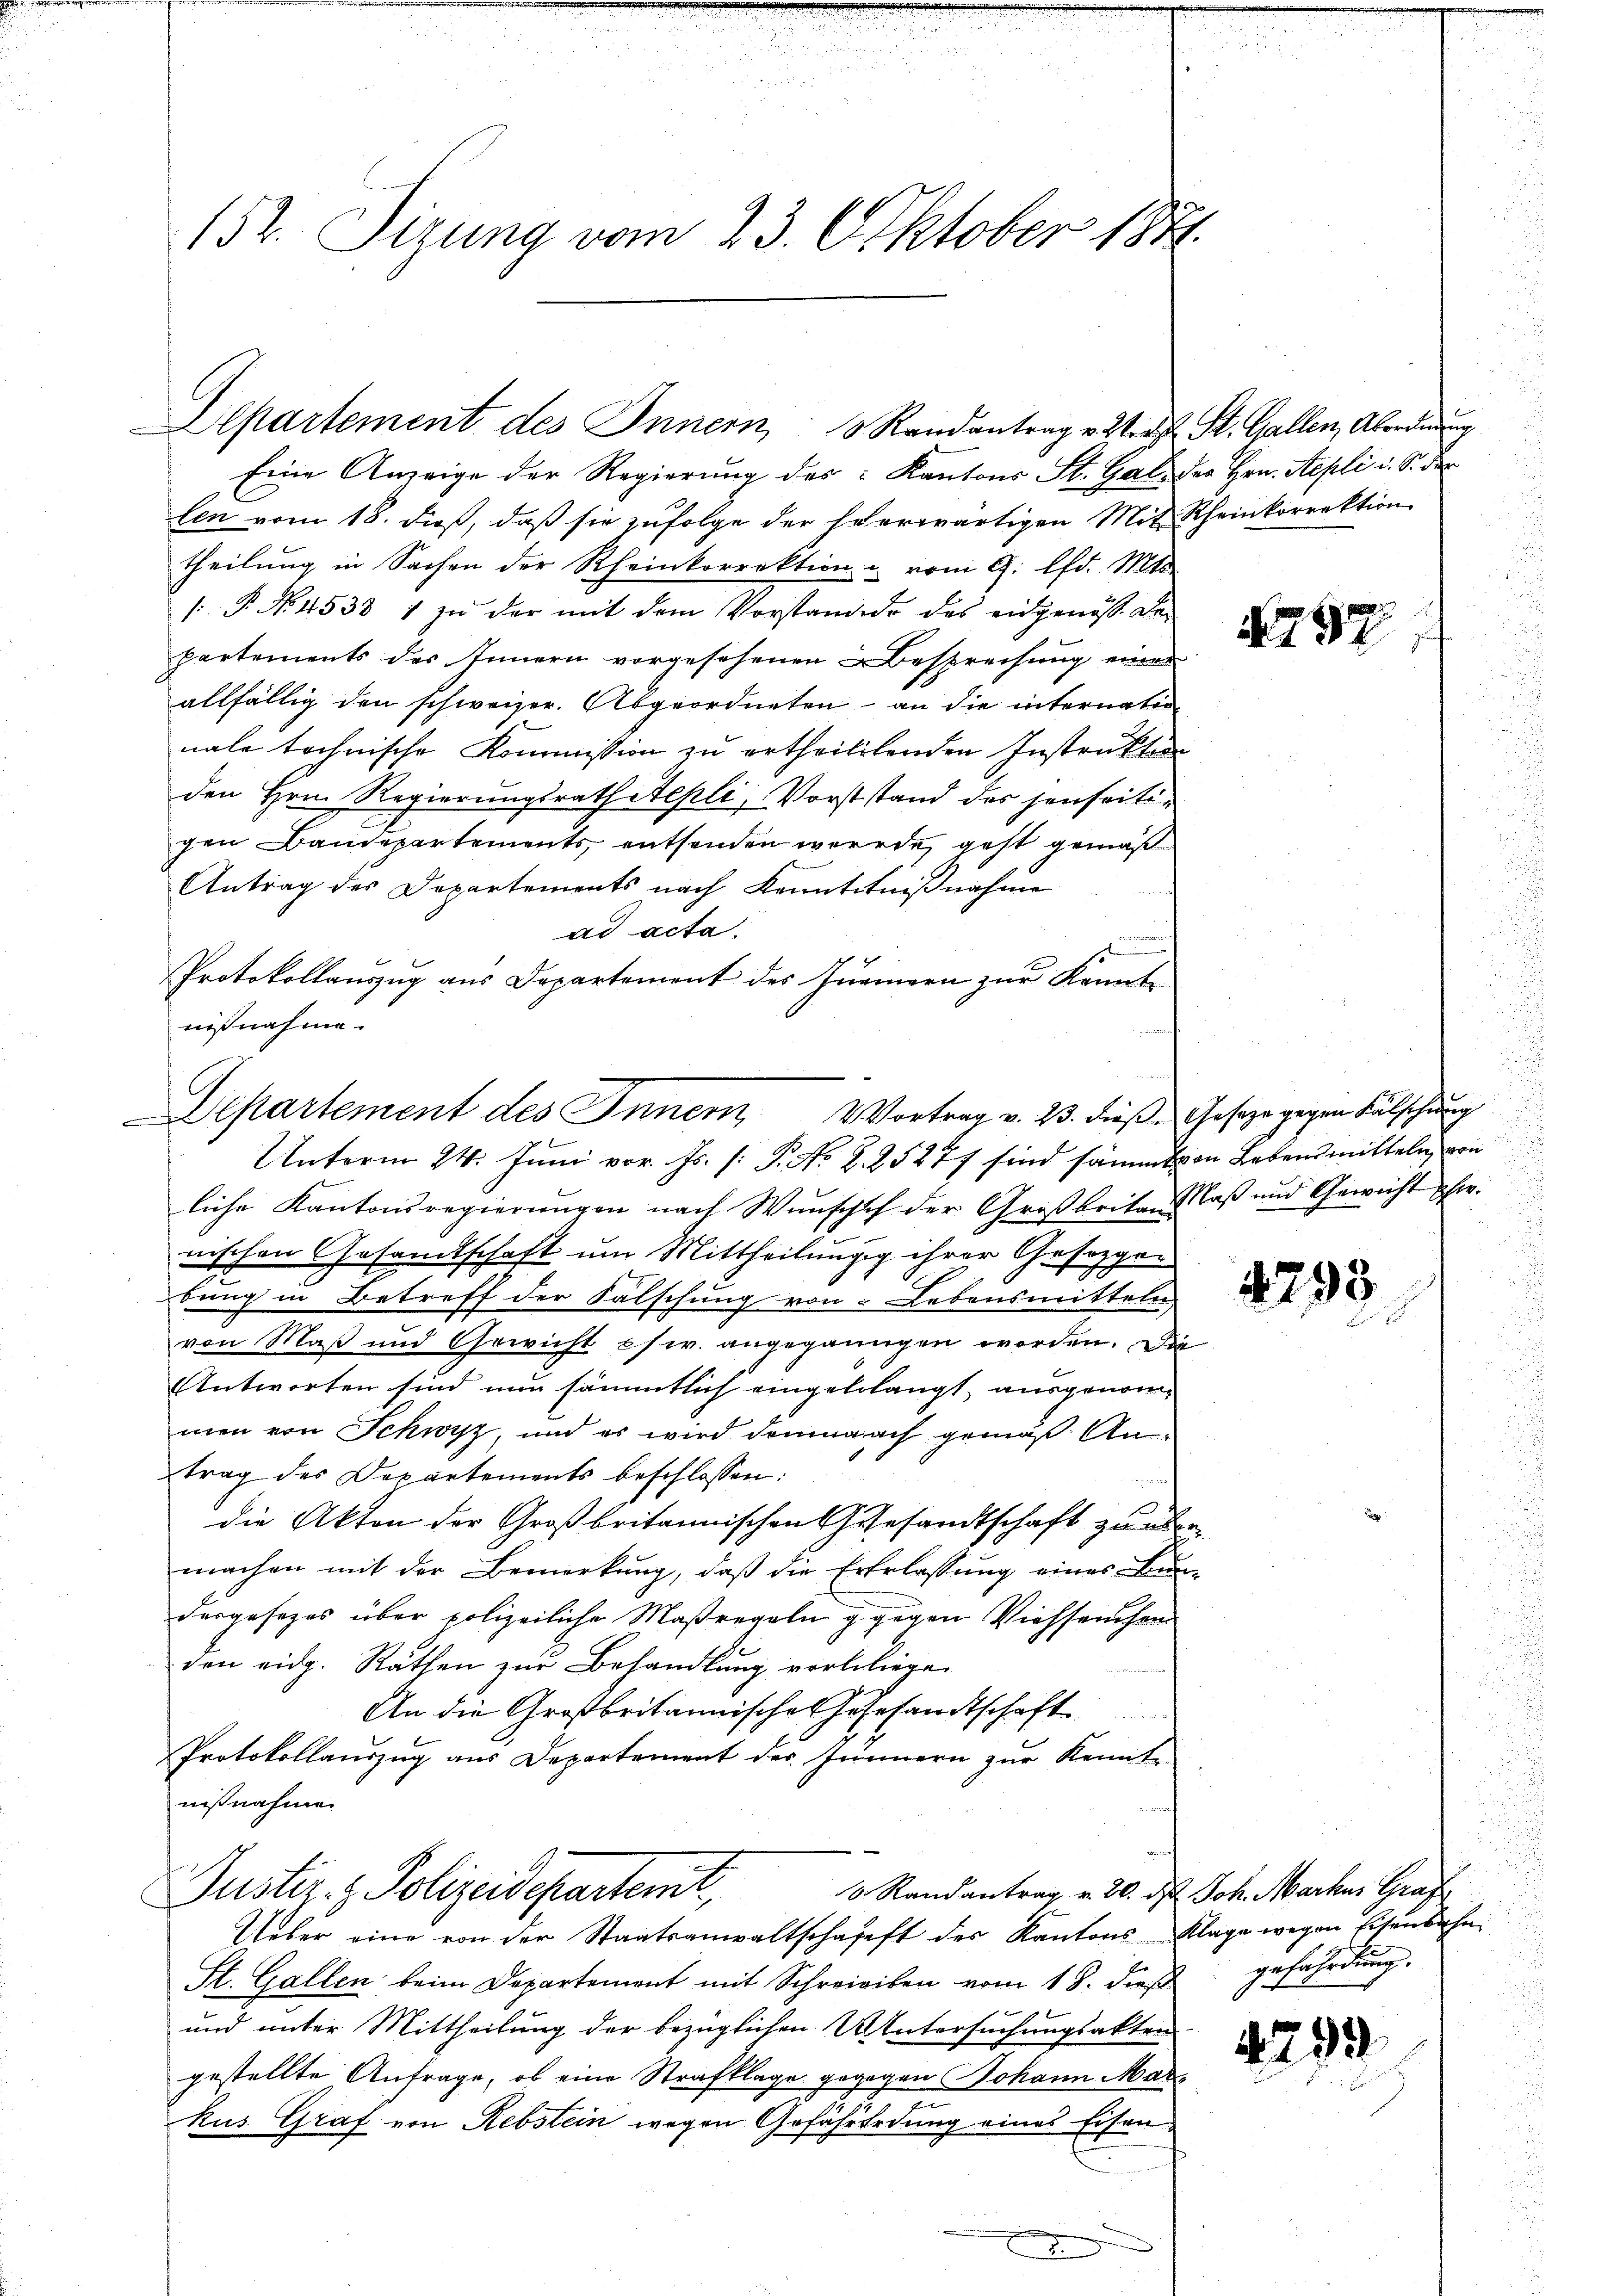
Eine Anzeige der Regierung des Kantons St. Gal der Hrn. Sepli u. S. de
len vom 18. dieß, daß sie zufolge der herwärtigen Mit Rheinkorrektion
theilung in Sachen der Rheinkorrektion u vom 9. lfd. Mts.
P. No. 4538 1 zu der mit dem Vorstand do das eidgenöss. De-
partements des Innern vorgesehenen Besprechung einer
allfällig den schweizer. Abgeordneten – an die internation
nale technische Kommission zu ertheiltenden Instruktion
den Hrn. Regierungsrath Aepli, Vorststand des jenseitigen Bandepartements, entsenden werde, geht gemäß
Antrag des Departements nach Kenntntnißnahme
ad acta.
Protokollauszug aus Departement des Innern zŭr Kenntnißnahme.

152. Sizung vom 23. Oktober 1881

Departement des Innern Randantrag v. Straft St. Gallen, Abordnung

Departement des Innern Vortrag v. 23. diese Geseze gegen Fälschung
Unterm 24. Juni vor. Js. (: P. No. 2. 25277 sind sämmt von Lebensmitteln, von

liche Kantonsregierungen nach Wunscht der Großbrita, Maß und Gewicht hr.
nischen Gesamtschaft um Mittheilungg ihrer Gesetzgebung in Betreff der Falschung von Lebensmitteln
von Maß und Gewicht es w. angeganngen worden. Die
Antworten sind nun sämmtlich eingelelangt, ausgenom-
men von Schwyz, und es wird demnach gemäß Antrag des Departements beschlossen:
die Akten der Großbritannischen Gesandtschaft zu übermachen mit der Bemerkung, daß die Ererlassung eines Bun-
dergesezes über polizeiliche Maßregeln g gegen Viehseuchen
den eidg. Rathen zur Behandlung verbliegen
An die Großbritannisches Gasesandtschaft
Protokollauszug aus Departement des Junnern zur Kennt-
nißnahmen

Justiz- & Polizeidepartemt,
 Randantrag v. 20. des Joh. Markus Graf

Ueber eine von der Staatsanwaltschafft des Kantons Klage wegen Eisenbahn
St. Gallen beim Departement mit Schreiben vom 18. dieβ gefährdŭng.
und unter Mittheilung der bezüglichen Untersuchungsakten
gestellte Anfrage, ob eine Strafklage gegegen Johann Markus Graf von Rebstein wegen Gefährtrdung eines Eisen¬
.

N787

4793

4799.